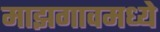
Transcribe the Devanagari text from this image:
माझगावमध्ये